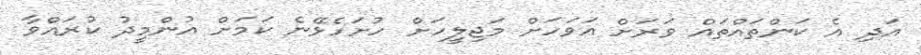
އަދި އެ ކަންތައްތައް ވަރަށް އަވަހަށް މަޖިލީހަށް ހުށަހެޅޭނެ ކަމަށް އުންމީދު ކުރައްވާ